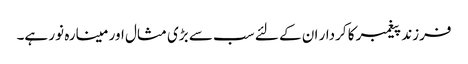
فرزند پیغمبر کا کردار ان کے لئے سب سے بڑی مثال اور مینارہ نور ہے۔